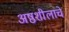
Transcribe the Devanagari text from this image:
अष्ठशीलाचे